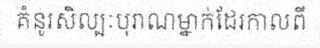
គំនូរសិល្បៈបុរាណម្នាក់ដែរកាលពី